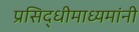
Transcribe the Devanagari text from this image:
प्रसिद्धीमाध्यमांनी